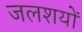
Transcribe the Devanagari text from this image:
जलशयों